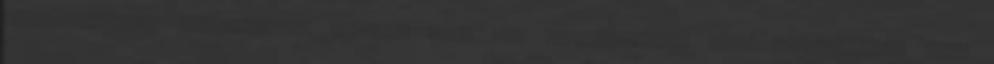
elkövetkezendő bevetéséken. Ahogyan maga is. Engedélyezem, hogy repülhessen. Újra